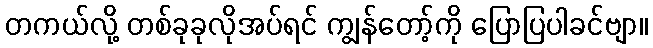
တကယ်လို့ တစ်ခုခုလိုအပ်ရင် ကျွန်တော့်ကို ပြောပြပါခင်ဗျာ။